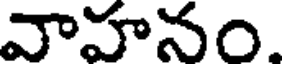
వాహనం.